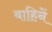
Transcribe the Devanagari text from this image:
बाहिनें